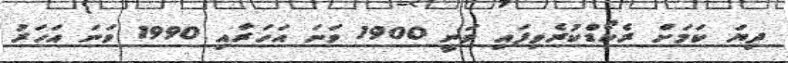
ދިޔަ ކަމަށް ރެކޯޑްކުރެވިފައި ވަނީ 1900 ވަނަ އަހަރާއި 1990 ވަނަ އަހަރު